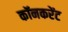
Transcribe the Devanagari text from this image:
कॉनकरेंट